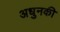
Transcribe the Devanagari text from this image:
अधुनकी